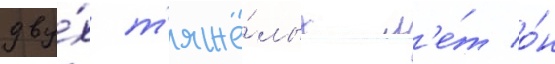
дву́х т'яжё́лых л'е́т о́н